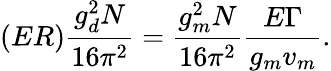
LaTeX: (ER)\frac{g_{d}^{2}N}{16\pi^{2}}=\frac{g_{m}^{2}N}{16\pi^{2}}\frac{E\Gamma}{g_{m}v_{m}}.